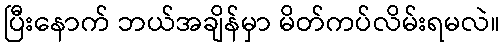
ပြီးနောက် ဘယ်အချိန်မှာ မိတ်ကပ်လိမ်းရမလဲ။